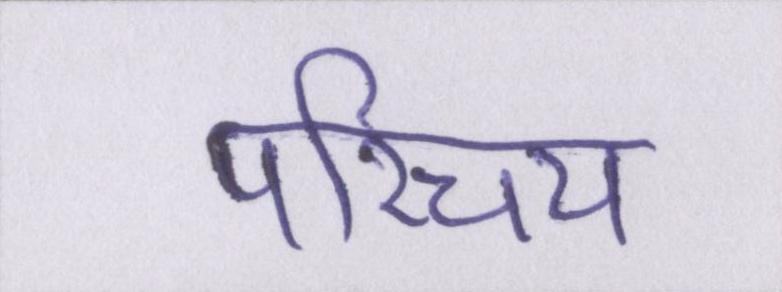
परिचय